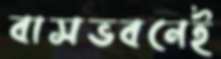
বাসভবনেই